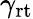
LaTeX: \gamma_{\mathrm{rt}}